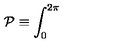
{ \cal P } \equiv \int _ { 0 } ^ { 2 \pi }